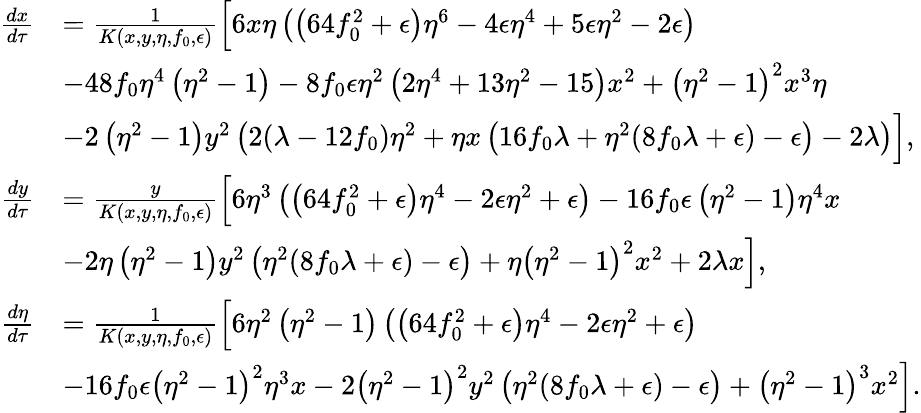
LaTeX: \begin{array}{rl}{\frac{dx}{d\tau}}&{=\frac{1}{K(x,y,\eta,f_{0},\epsilon)}\Big[6x\eta\left(\left(64f_{0}^{2}+\epsilon\right)\eta^{6}-4\epsilon\eta^{4}+5\epsilon\eta^{2}-2\epsilon\right)}\\ &{-48f_{0}\eta^{4}\left(\eta^{2}-1\right)-8f_{0}\epsilon\eta^{2}\left(2\eta^{4}+13\eta^{2}-15\right)x^{2}+\left(\eta^{2}-1\right)^{2}x^{3}\eta}\\ &{-2\left(\eta^{2}-1\right)y^{2}\left(2(\lambda-12f_{0})\eta^{2}+\eta x\left(16f_{0}\lambda+\eta^{2}(8f_{0}\lambda+\epsilon)-\epsilon\right)-2\lambda\right)\Big],}\\ {\frac{dy}{d\tau}}&{=\frac{y}{K(x,y,\eta,f_{0},\epsilon)}\Big[6\eta^{3}\left(\left(64f_{0}^{2}+\epsilon\right)\eta^{4}-2\epsilon\eta^{2}+\epsilon\right)-16f_{0}\epsilon\left(\eta^{2}-1\right)\eta^{4}x}\\ &{-2\eta\left(\eta^{2}-1\right)y^{2}\left(\eta^{2}(8f_{0}\lambda+\epsilon)-\epsilon\right)+\eta\left(\eta^{2}-1\right)^{2}x^{2}+2\lambda x\Big],}\\ {\frac{d\eta}{d\tau}}&{=\frac{1}{K(x,y,\eta,f_{0},\epsilon)}\Big[6\eta^{2}\left(\eta^{2}-1\right)\left(\left(64f_{0}^{2}+\epsilon\right)\eta^{4}-2\epsilon\eta^{2}+\epsilon\right)}\\ &{-16f_{0}\epsilon\left(\eta^{2}-1\right)^{2}\eta^{3}x-2\left(\eta^{2}-1\right)^{2}y^{2}\left(\eta^{2}(8f_{0}\lambda+\epsilon)-\epsilon\right)+\left(\eta^{2}-1\right)^{3}x^{2}\Big].}\end{array}